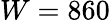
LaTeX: W=860